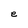
Character: e